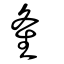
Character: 㚅